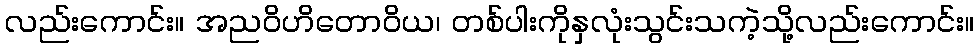
လည်းကောင်း။ အညဝိဟိတောဝိယ၊ တစ်ပါးကိုနှလုံးသွင်းသကဲ့သို့လည်းကောင်း။